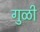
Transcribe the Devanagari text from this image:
गुळी